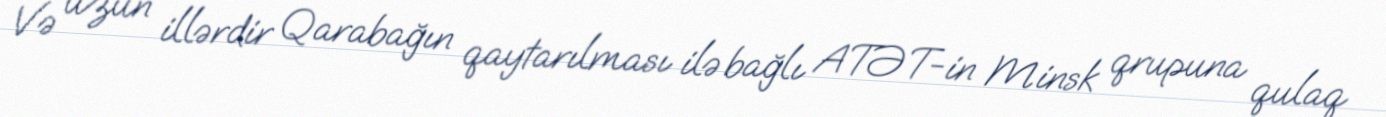
Və uzun illərdir Qarabağın qaytarılması ilə bağlı ATƏT-in Minsk qrupuna qulaq